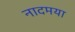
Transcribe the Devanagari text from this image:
नादमया